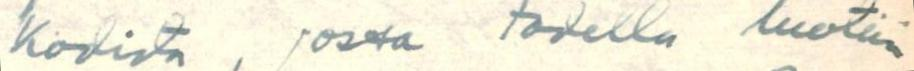
kodista, jossa todella luotiin